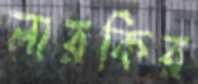
লারকির